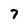
Character: 7